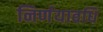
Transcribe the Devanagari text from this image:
निर्णयावधि